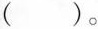
( )。